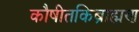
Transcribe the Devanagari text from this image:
कौषीतकिब्राह्मण